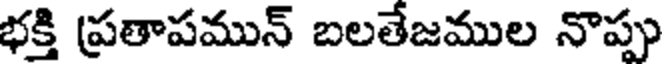
భక్తి ప్రతాపమున్ బలతేజముల నొప్పు